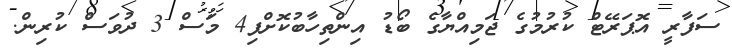
ސަފާރީ އޮޕަރޭޓް ކުރުމުގެ ޖަމިއްޔާގެ ބޯޑު އިންތިހާބުކޮށްފި4 މަސް 3 ދުވަސް ކުރިން.